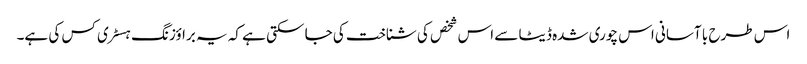
اس طرح با آسانی اس چوری شدہ ڈیٹا سے اس شخص کی شناخت کی جا سکتی ہے کہ یہ براؤزنگ ہسٹری کس کی ہے۔